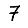
Digit: 7